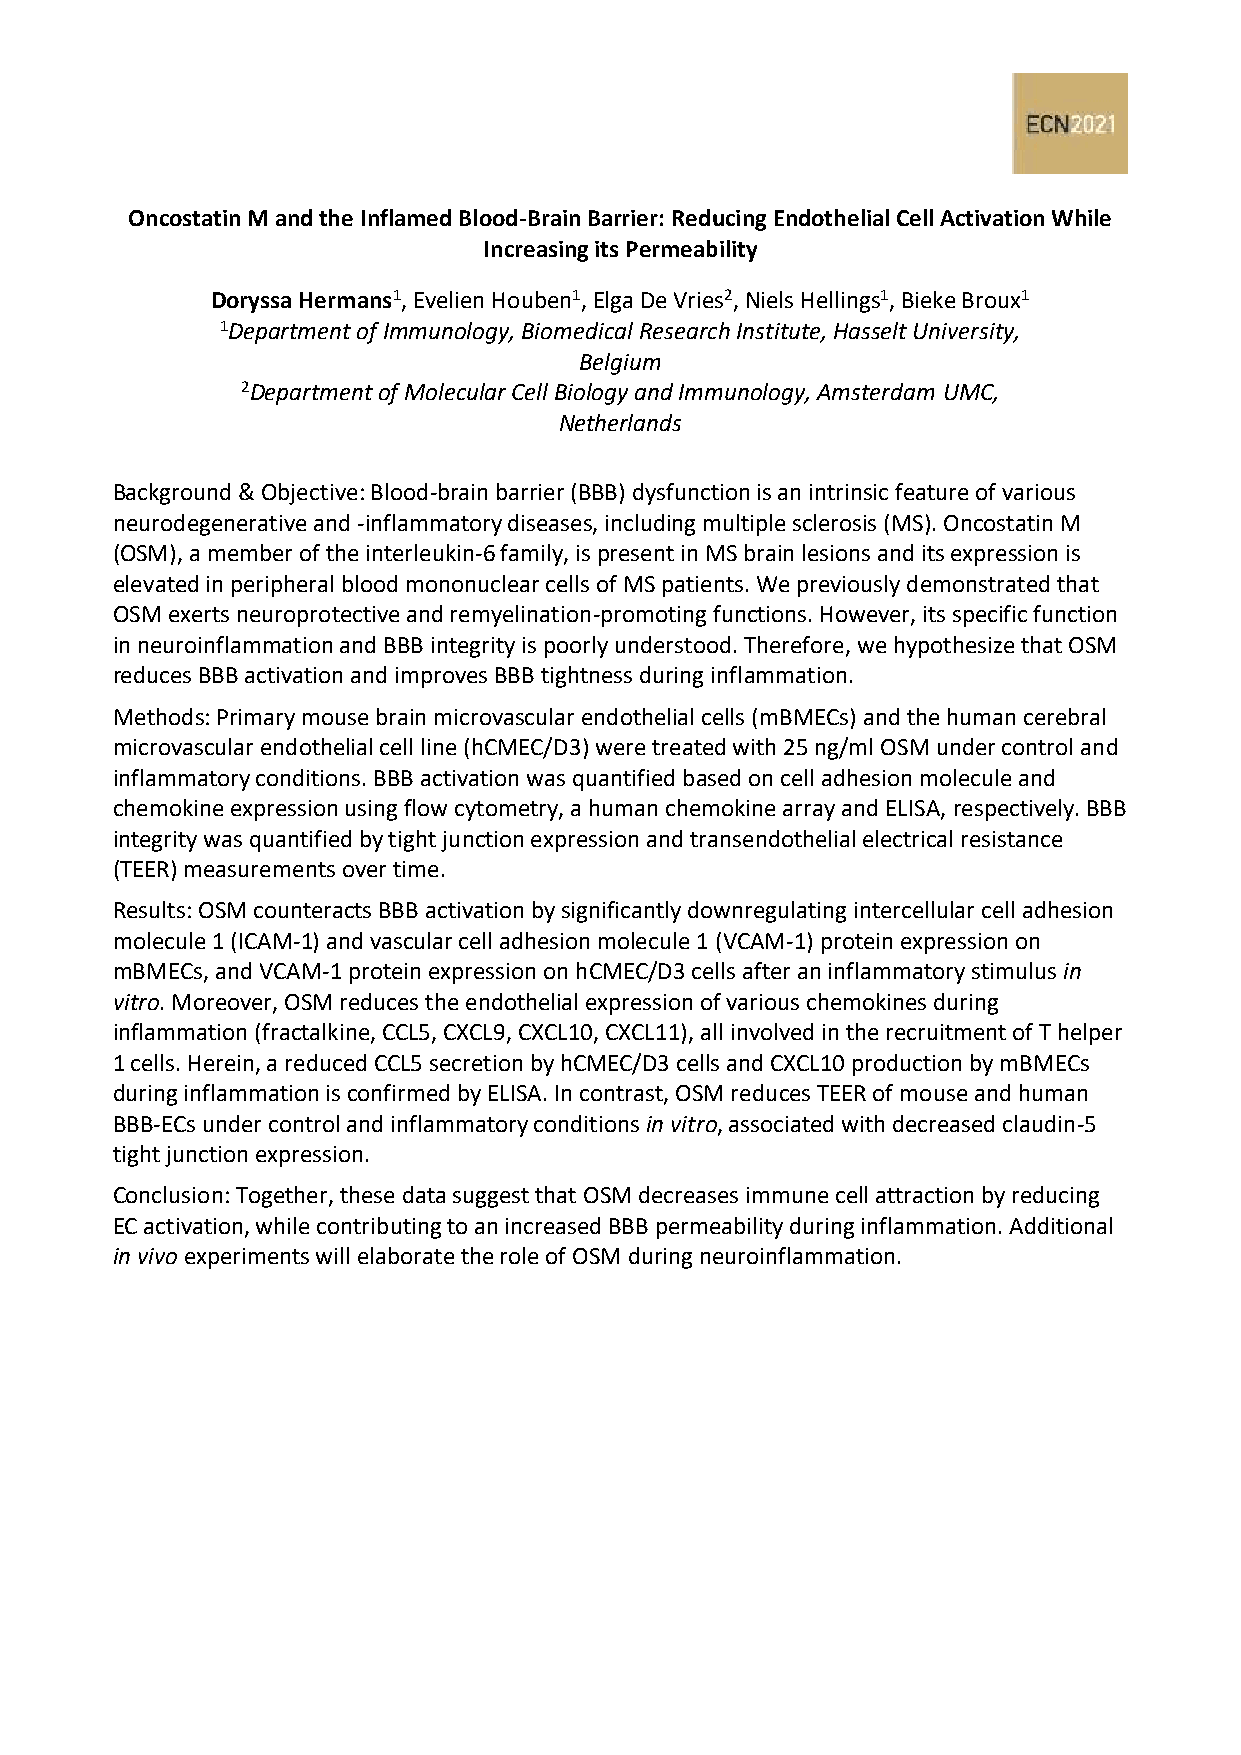
Oncostatin M and the Inflamed Blood-Brain Barrier: Reducing Endothelial Cell Activation While
 Increasing its Permeability
 Doryssa Hermans1, Evelien Houben1, Elga De Vries2, Niels Hellings1, Bieke Broux1
 1Department of Immunology, Biomedical Research Institute, Hasselt University,
 Belgium
 2Department of Molecular Cell Biology and Immunology, Amsterdam UMC,
 Netherlands
 Background & Objective: Blood-brain barrier (BBB) dysfunction is an intrinsic feature of various
 neurodegenerative and -inflammatory diseases, including multiple sclerosis (MS). Oncostatin M
 (OSM), a member of the interleukin-6 family, is present in MS brain lesions and its expression is
 elevated in peripheral blood mononuclear cells of MS patients. We previously demonstrated that
 OSM exerts neuroprotective and remyelination-promoting functions. However, its specific function
 in neuroinflammation and BBB integrity is poorly understood. Therefore, we hypothesize that OSM
 reduces BBB activation and improves BBB tightness during inflammation.
 Methods: Primary mouse brain microvascular endothelial cells (mBMECs) and the human cerebral
 microvascular endothelial cell line (hCMEC/D3) were treated with 25 ng/ml OSM under control and
 inflammatory conditions. BBB activation was quantified based on cell adhesion molecule and
 chemokine expression using flow cytometry, a human chemokine array and ELISA, respectively. BBB
 integrity was quantified by tight junction expression and transendothelial electrical resistance
 (TEER) measurements over time.
 Results: OSM counteracts BBB activation by significantly downregulating intercellular cell adhesion
 molecule 1 (ICAM-1) and vascular cell adhesion molecule 1 (VCAM-1) protein expression on
 mBMECs, and VCAM-1 protein expression on hCMEC/D3 cells after an inflammatory stimulus in
 vitro. Moreover, OSM reduces the endothelial expression of various chemokines during
 inflammation (fractalkine, CCL5, CXCL9, CXCL10, CXCL11), all involved in the recruitment of T helper
 1 cells. Herein, a reduced CCL5 secretion by hCMEC/D3 cells and CXCL10 production by mBMECs
 during inflammation is confirmed by ELISA. In contrast, OSM reduces TEER of mouse and human
 BBB-ECs under control and inflammatory conditions in vitro, associated with decreased claudin-5
 tight junction expression.
 Conclusion: Together, these data suggest that OSM decreases immune cell attraction by reducing
 EC activation, while contributing to an increased BBB permeability during inflammation. Additional
 in vivo experiments will elaborate the role of OSM during neuroinflammation.